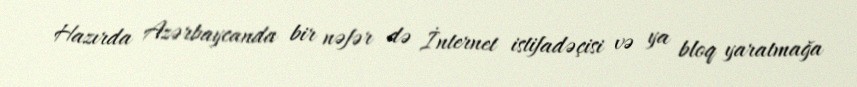
Hazırda Azərbaycanda bir nəfər də İnternet istifadəçisi və ya bloq yaratmağa